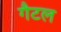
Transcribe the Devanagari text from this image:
गैटल